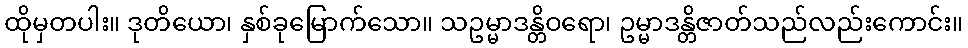
ထိုမှတပါး။ ဒုတိယော၊ နှစ်ခုမြောက်သော။ သဥမ္မာဒန္တိဝရော၊ ဥမ္မာဒန္တိဇာတ်သည်လည်းကောင်း။